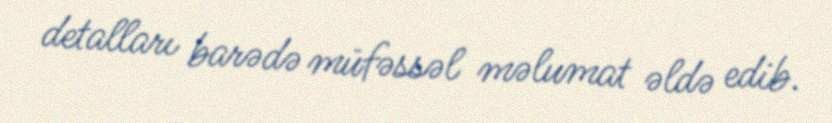
detalları barədə müfəssəl məlumat əldə edib.